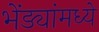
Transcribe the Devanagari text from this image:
भेंड्यांमध्ये